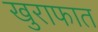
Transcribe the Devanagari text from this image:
खुराफात